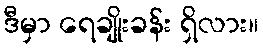
ဒီမှာ ရေချိုးခန်း ရှိလား။